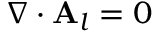
\nabla \cdot \mathbf { A } _ { l } = 0